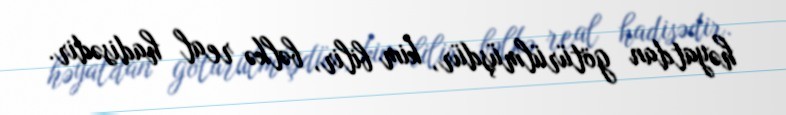
həyatdan götürülmüşdür, kim bilir, bəlkə real hadisədir.